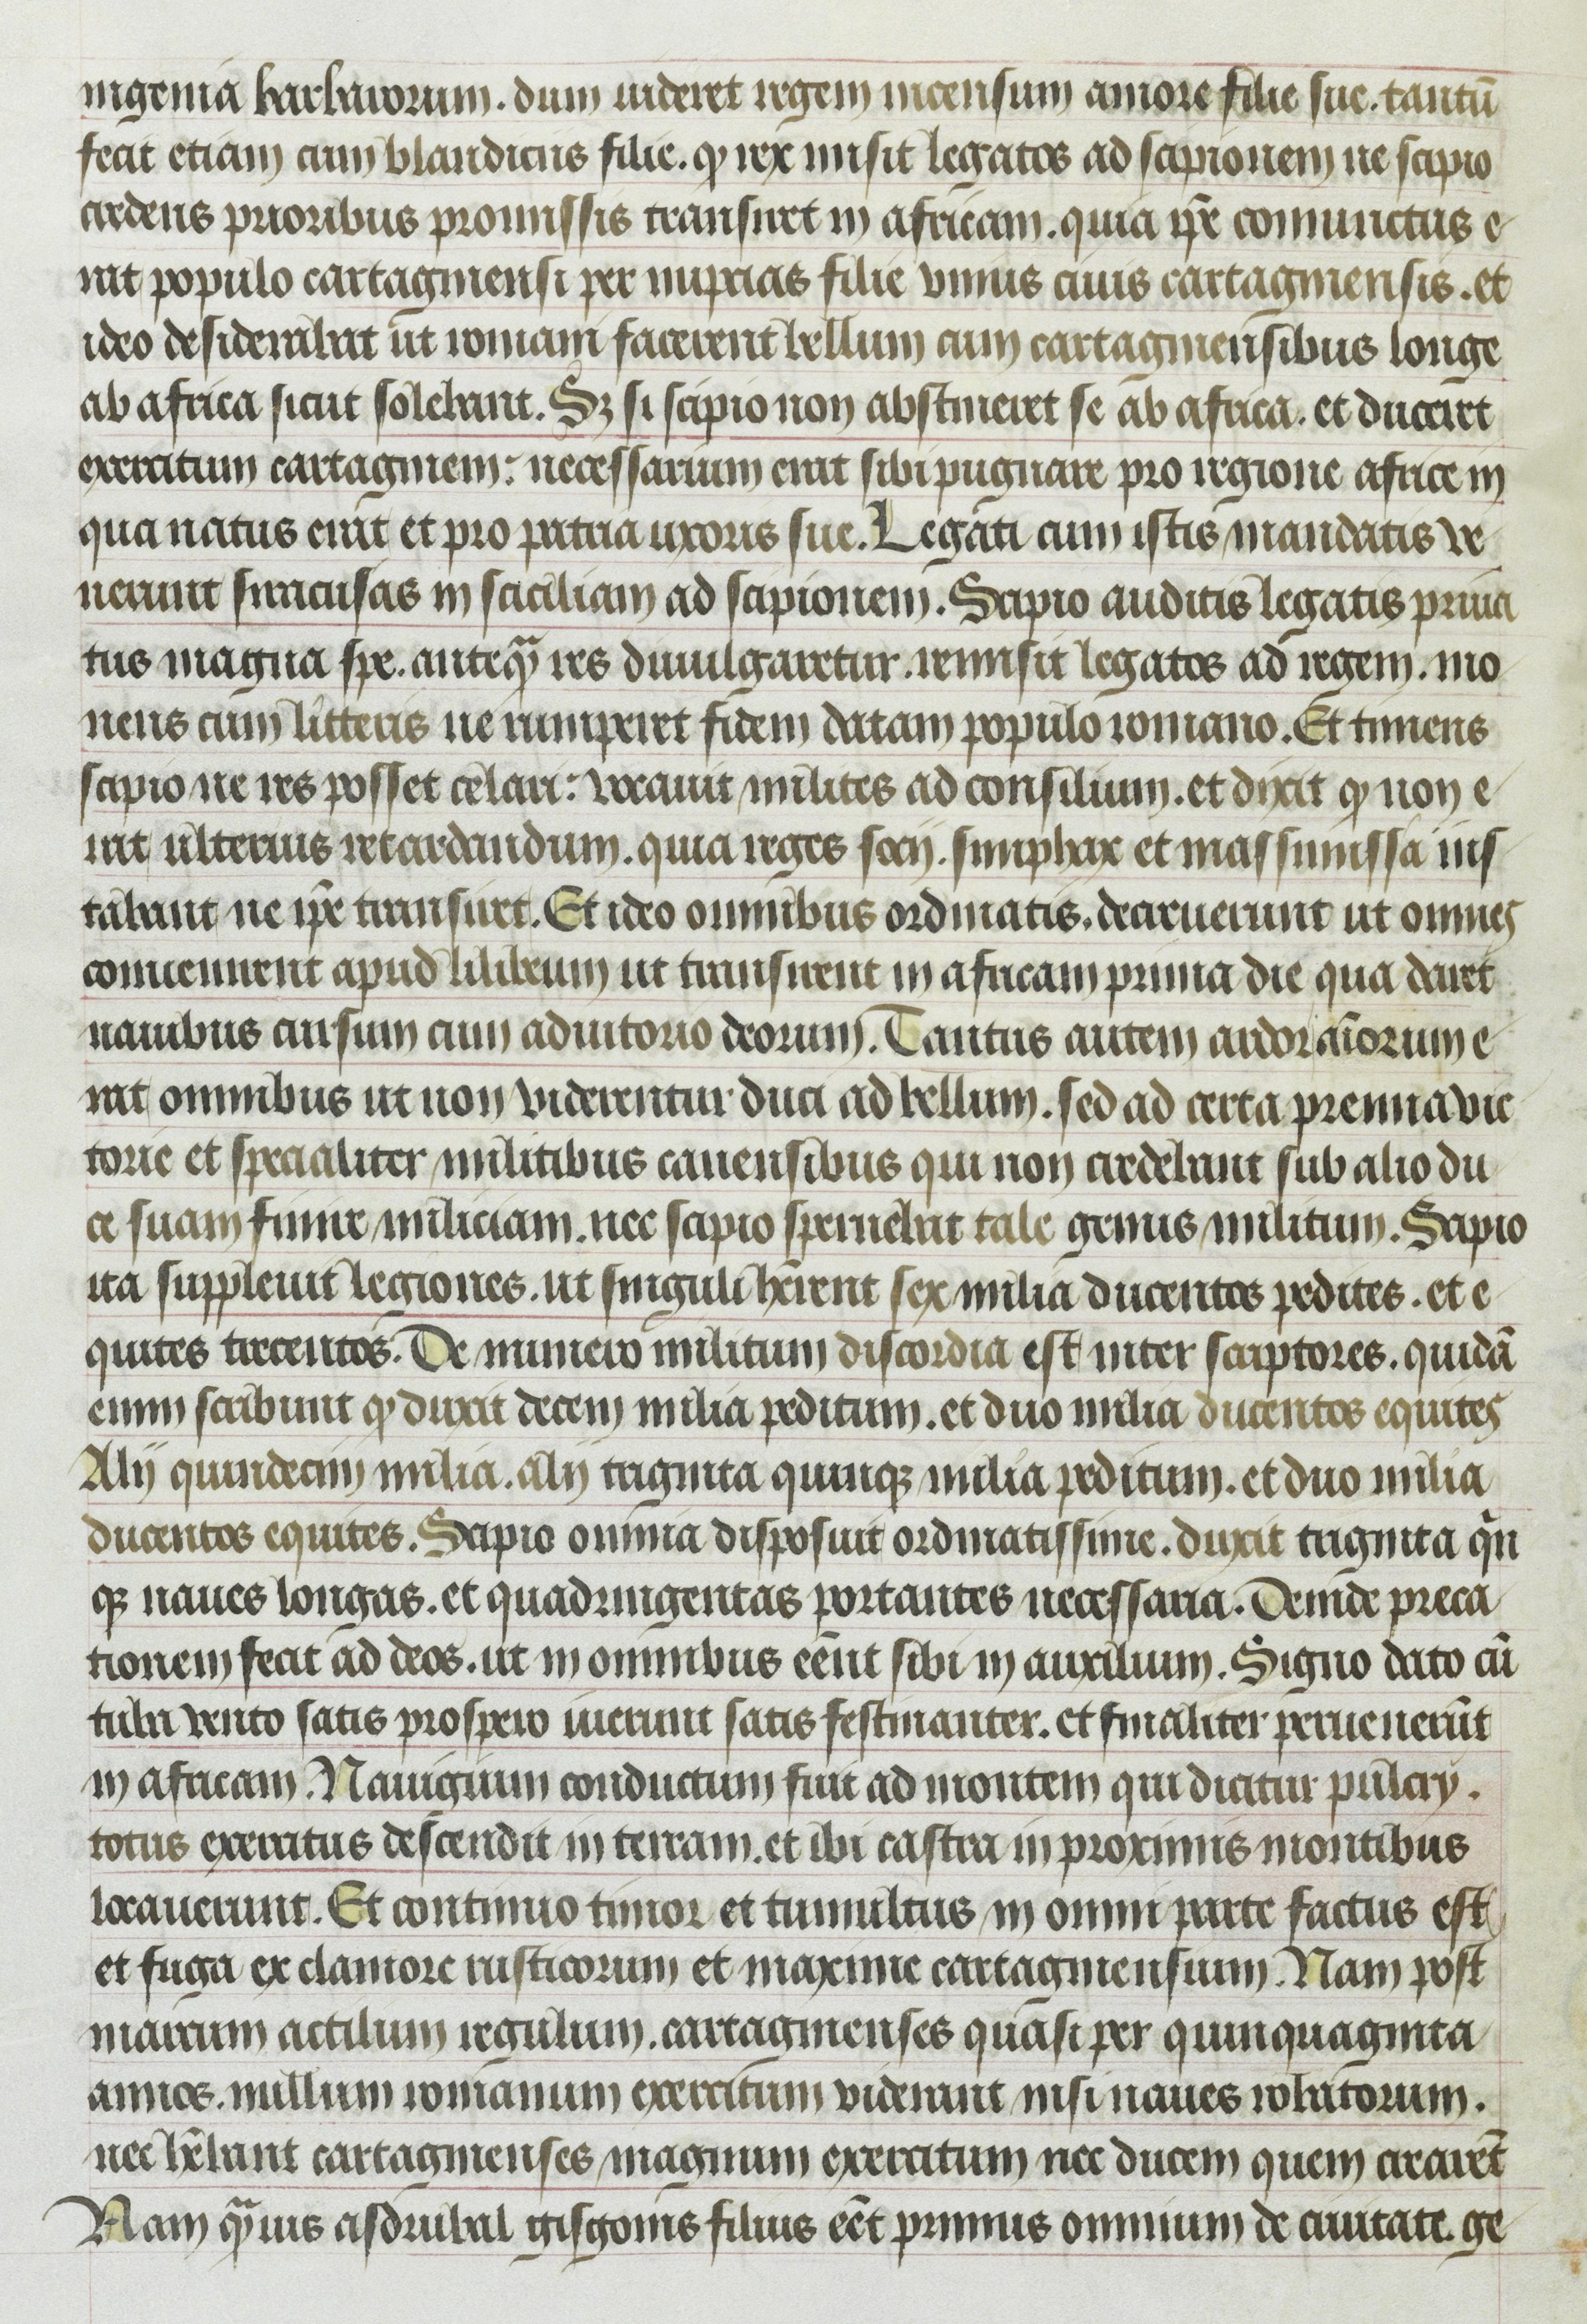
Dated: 1400–1499